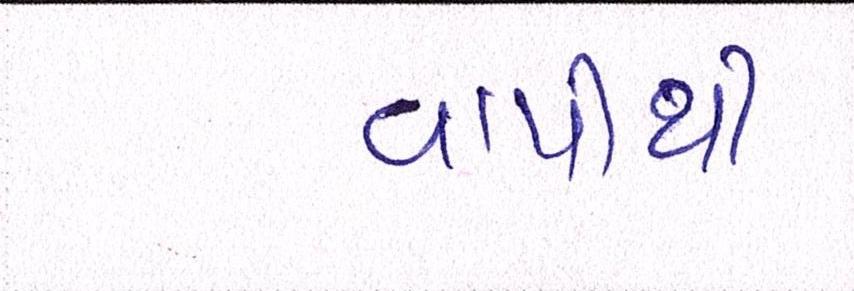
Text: વાપીથી